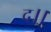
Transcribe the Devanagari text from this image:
द।।